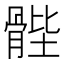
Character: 䯗